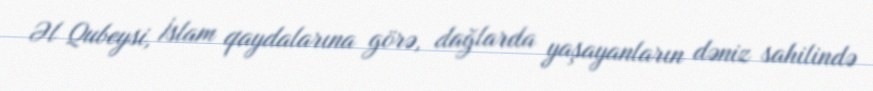
Əl Qubeysi, İslam qaydalarına görə, dağlarda yaşayanların dəniz sahilində